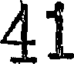
41